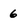
Character: 6